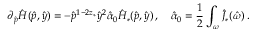
\partial _ { \hat { p } } \hat { H } ( \hat { p } , \hat { y } ) = - \hat { p } ^ { 1 - 2 z _ { * } } \hat { y } ^ { 2 } \hat { \alpha } _ { 0 } \hat { H } _ { * } ( \hat { p } , \hat { y } ) \, , \quad \hat { \alpha } _ { 0 } = \frac 1 2 \int _ { \omega } \hat { J } _ { * } ( \hat { \omega } ) \, .